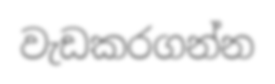
වැඩකරගන්න